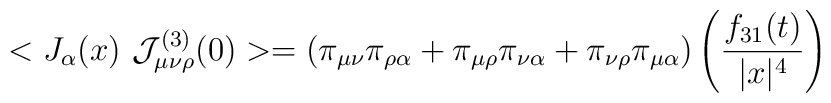
<J_{\alpha }(x)~{\cal J}_{\mu \nu \rho }^{(3)}(0)>=(\pi _{\mu \nu }\pi_{\rho \alpha }+\pi _{\mu \rho }\pi _{\nu \alpha }+\pi _{\nu \rho }\pi _{\mu\alpha })\left( \frac{f_{31}(t)}{|x|^{4}}\right)